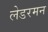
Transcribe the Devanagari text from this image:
लेडरमन